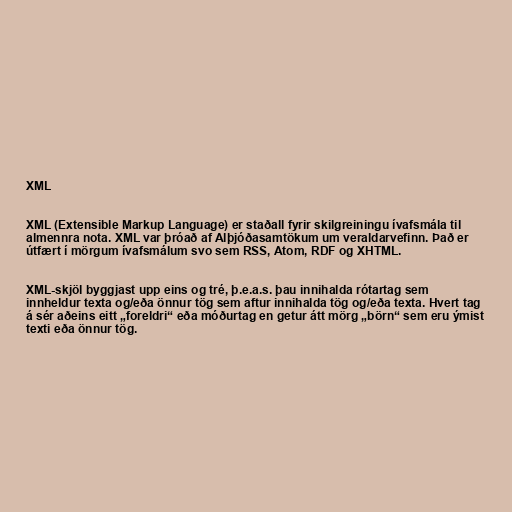
XML

XML (Extensible Markup Language) er staðall fyrir skilgreiningu ívafsmála til
almennra nota. XML var þróað af Alþjóðasamtökum um veraldarvefinn. Það er
útfært í mörgum ívafsmálum svo sem RSS, Atom, RDF og XHTML.

XML-skjöl byggjast upp eins og tré, þ.e.a.s. þau innihalda rótartag sem
innheldur texta og/eða önnur tög sem aftur innihalda tög og/eða texta. Hvert tag
á sér aðeins eitt „foreldri“ eða móðurtag en getur átt mörg „börn“ sem eru ýmist
texti eða önnur tög.